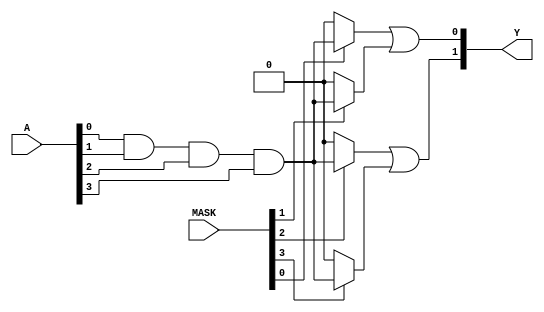
module masked_pal (
    input wire [3:0] A,   // 4 Input signals
    input wire [3:0] MASK, // 4-bit mask signals for AND gates
    output wire [1:0] Y    // 2 Output signals
);

// Define the number of product terms
parameter NUM_AND_GATES = 4;

// Internal wires for AND gate outputs
wire [NUM_AND_GATES-1:0] and_out;

// Programmable AND array
genvar i;
generate
    for (i = 0; i < NUM_AND_GATES; i = i + 1) begin : and_array
        assign and_out[i] = (MASK[i]) ? (A[0] & A[1] & A[2] & A[3]) : 1'b0; // Example logic 
    end
endgenerate

// Fixed OR array
assign Y[0] = and_out[0] | and_out[1]; // Output Y0 combining two AND gates
assign Y[1] = and_out[2] | and_out[3]; // Output Y1 combining two AND gates

endmodule